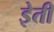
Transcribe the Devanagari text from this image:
इेती